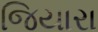
જિયારા